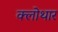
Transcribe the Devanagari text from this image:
क्लोथार